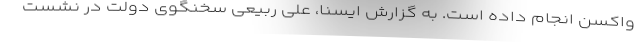
واکسن انجام داده است. به گزارش ایسنا، علی ربیعی سخنگوی دولت در نشست